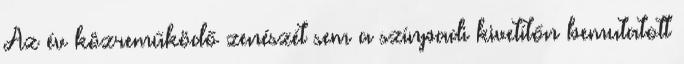
Az év közreműködő zenészét sem a színpadi kivetítőn bemutatott